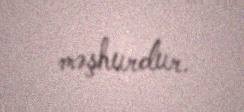
məşhurdur.